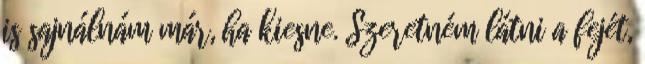
is sajnálnám már, ha kiesne. Szeretném látni a fejét,